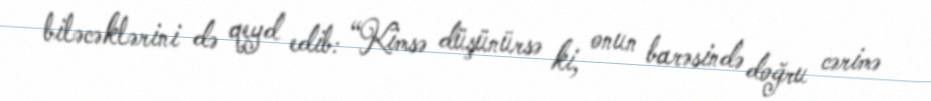
biləcəklərini də qeyd edib: “Kimsə düşünürsə ki, onun barəsində doğru cərimə